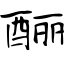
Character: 酾